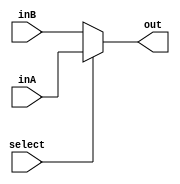
`timescale 1ns / 1ps
/*
**  UCSD CSE141L Lab2 Answer Module
** -------------------------------------------------------------------
**
*/

module n_mux #(parameter WIDTH = 1)(
			input select,
			input [WIDTH - 1:0] inA,
			input [WIDTH - 1:0] inB,
			output [WIDTH - 1:0] out
			);
			assign out = select ? inA : inB;
endmodule